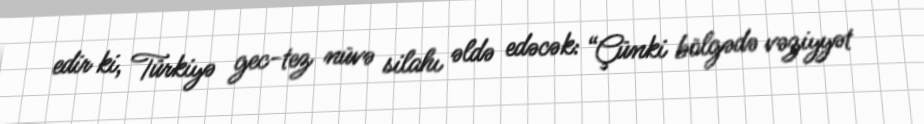
edir ki, Türkiyə gec-tez nüvə silahı əldə edəcək: “Çünki bölgədə vəziyyət